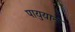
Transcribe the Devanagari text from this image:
पायुयान